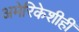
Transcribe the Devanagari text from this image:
अमेरिकेशीही